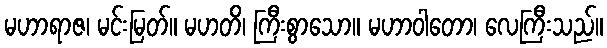
မဟာရာဇ၊ မင်းမြတ်။ မဟတိ၊ ကြီးစွာသော။ မဟာဝါတော၊ လေကြီးသည်။